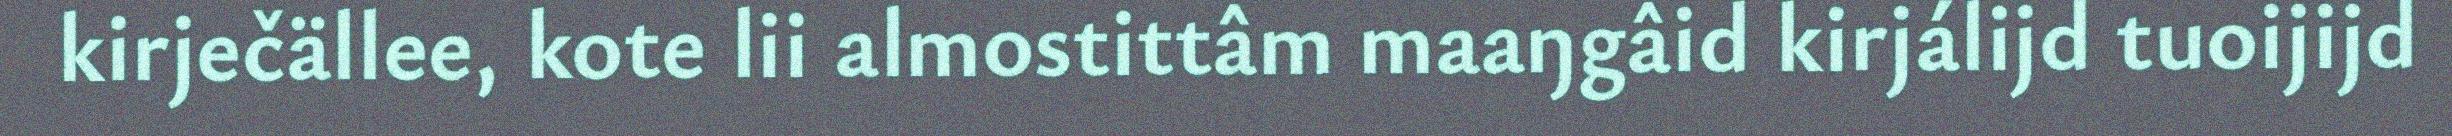
kirječällee, kote lii almostittâm maaŋgâid kirjálijd tuoijijd